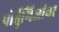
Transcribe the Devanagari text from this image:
पोर्तुगिजांवर